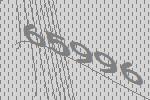
65996